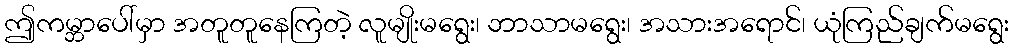
ဤကမ္ဘာပေါ်မှာ အတူတူနေကြတဲ့ လူမျိုးမရွေး၊ ဘာသာမရွေး၊ အသားအရောင်၊ ယုံကြည်ချက်မရွေး